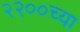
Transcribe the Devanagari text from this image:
२२००च्या